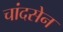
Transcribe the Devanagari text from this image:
चांदसेन